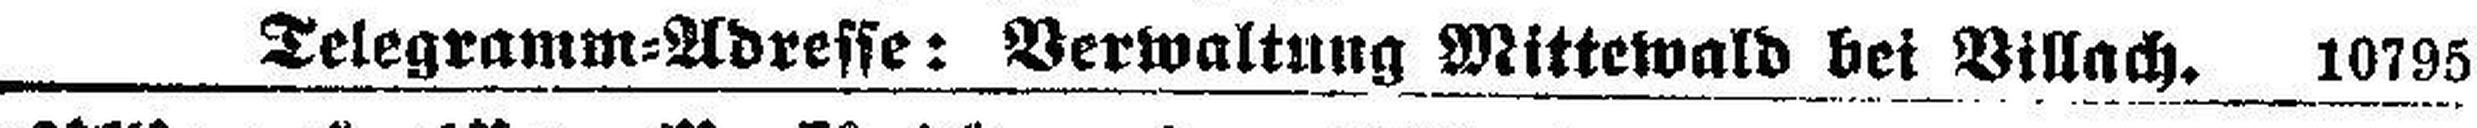
Telegramm=Adresse: Verwaltung Mittewald bei Villach. 10795